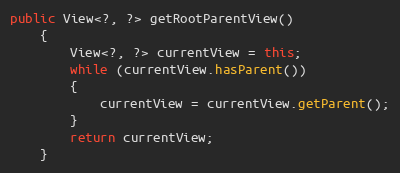
Language: Java
public View<?, ?> getRootParentView()
	{
		View<?, ?> currentView = this;
		while (currentView.hasParent())
		{
			currentView = currentView.getParent();
		}
		return currentView;
	}